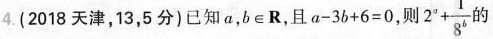
4.(2018天津，13，5分)已知a，b \in R，且$$a - 3 b + 6 = 0$$，则$$2 ^ { a } + \frac { 1 } { 8 ^ { b } }$$的